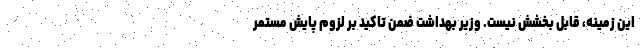
این زمینه، قابل بخشش نیست. وزیر بهداشت ضمن تاکید بر لزوم پایش مستمر